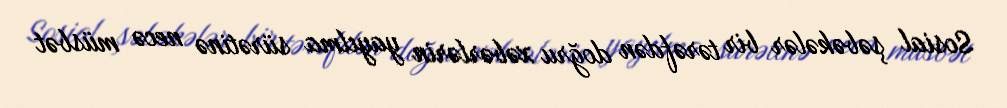
Sosial şəbəkələr bir tərəfdən doğru xəbərlərin yayılma sürətinə necə müsbət